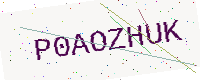
Text: P0AOZHUK